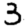
Digit: 3